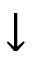
\downarrow